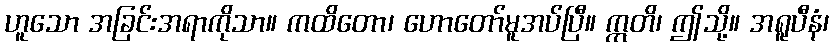
ဟူသော အခြင်းအရာကိုသာ။ ကထိတော၊ ဟောတော်မူအပ်ပြီ။ ဣတိ၊ ဤသို့။ အရူပီနံ၊